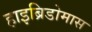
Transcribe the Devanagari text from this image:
हाइब्रिडोमास